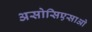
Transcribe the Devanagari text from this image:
असोसिएसाओ